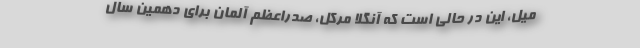
میل، این در حالی است که آنگلا مرکل، صدراعظم آلمان برای دهمین سال